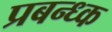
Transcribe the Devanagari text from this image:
प्रबन्ध्क